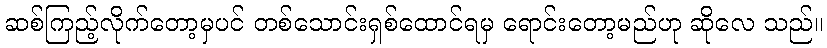
ဆစ်ကြည့်လိုက်တော့မှပင် တစ်သောင်းရှစ်ထောင်ရမှ ရောင်းတော့မည်ဟု ဆိုလေ သည်။